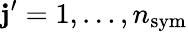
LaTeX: \mathbf{j}^{\prime}=1,\dots,n_{\mathrm{{sym}}}